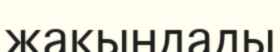
жакындады